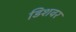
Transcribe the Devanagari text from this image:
डिशवर